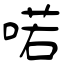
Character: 喏